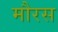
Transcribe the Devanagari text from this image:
मौरस